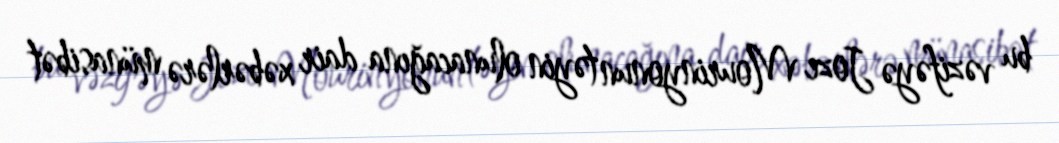
bu vəzifəyə Joze Mourinyonun təyin olunacağına dair xəbərlərə münasibət